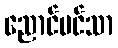
ညောင်ပင်သာ